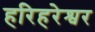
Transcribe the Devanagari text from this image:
हरिहरेश्वर